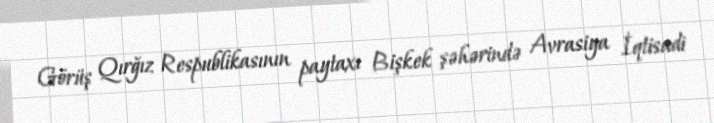
Görüş Qırğız Respublikasının paytaxı Bişkek şəhərində Avrasiya İqtisadi